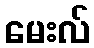
မေးလ်